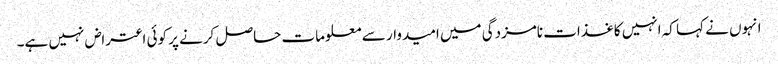
انہوں نے کہا کہ انہیں کاغذات نامزدگی میں امیدوار سے معلومات حاصل کرنے پر کوئی اعتراض نہیں ہے۔